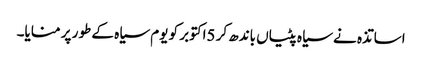
اساتذہ نے سیاہ پٹیاں باندھ کر 5اکتوبر کو یوم سیاہ کے طور پر منایا۔